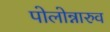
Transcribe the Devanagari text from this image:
पोलोन्नारुव